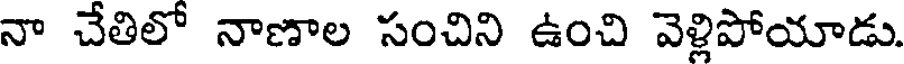
నా చేతిలో నాణాల సంచిని ఉంచి వెళ్లిపోయాడు.